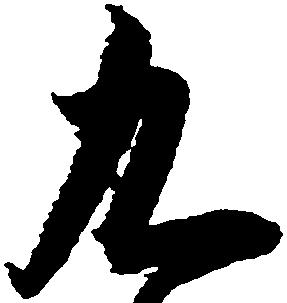
九